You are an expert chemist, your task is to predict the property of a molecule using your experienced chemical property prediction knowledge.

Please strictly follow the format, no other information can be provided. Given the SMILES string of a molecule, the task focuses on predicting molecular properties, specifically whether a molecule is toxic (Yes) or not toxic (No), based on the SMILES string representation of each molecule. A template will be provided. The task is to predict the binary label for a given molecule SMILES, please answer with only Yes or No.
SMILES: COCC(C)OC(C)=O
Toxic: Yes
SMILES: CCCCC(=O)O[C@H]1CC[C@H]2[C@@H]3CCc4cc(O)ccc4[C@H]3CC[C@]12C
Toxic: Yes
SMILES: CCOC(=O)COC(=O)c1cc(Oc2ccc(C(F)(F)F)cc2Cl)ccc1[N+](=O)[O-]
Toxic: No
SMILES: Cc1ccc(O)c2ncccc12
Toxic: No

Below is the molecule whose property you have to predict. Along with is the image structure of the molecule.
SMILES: COCc1cnc(C2=NC(C)(C(C)C)C(=O)N2)c(C(=O)O)c1
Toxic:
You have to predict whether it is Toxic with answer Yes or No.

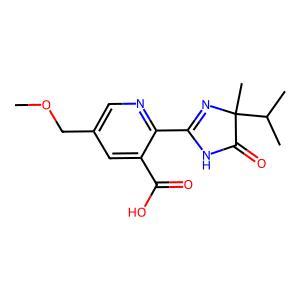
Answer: No